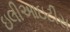
ઇલીઆઇટીસ